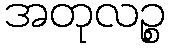
အတုလဉ္စ